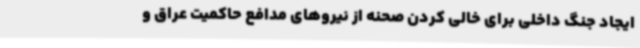
ایجاد جنگ داخلی برای خالی کردن صحنه از نیروهای مدافع حاکمیت عراق و